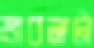
ভাবনাটা